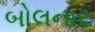
બોલનાર